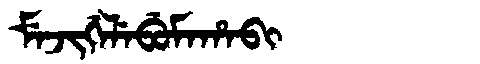
Manchu: ᠮᡝᠵᡳᡤᡝᠯᡝᠪᡠᠮᠠᡥᠠᠪᡳ
Romanization: MEJIGELEBUMAHABI